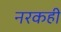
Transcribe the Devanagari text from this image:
नरकही